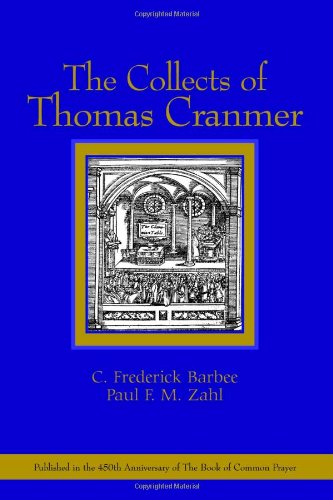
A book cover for The Collects of Thomas Cranmer; Paul F. M. Zahl; Christian Books & Bibles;